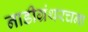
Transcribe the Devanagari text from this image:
नाडीग्रंथरचना